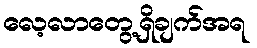
လေ့လာတွေ့ရှိချက်အရ